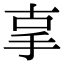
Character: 𢪿